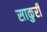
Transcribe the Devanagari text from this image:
साकुरी